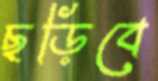
ছড়িবে